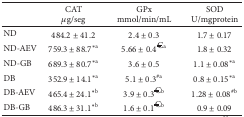
|  | CATμg/seg | GPxmmol/min/mL | SODU/mgprotein |
 | --- | --- | --- | --- |
 | ND | 484.2 ± 41.2 | 2.4 ± 0.3 | 1.7 ± 0.17 |
 | ND-AEV | 759.3 ± 88.7∗a | 5.66 ± 0.4€a | 1.8 ± 0.32 |
 | ND-GB | 689.3 ± 80.7∗a | 3.6 ± 0.5 | 1.1 ± 0.08∗a |
 | DB | 352.9 ± 14.1∗a | 5.1 ± 0.3#a | 0.8 ± 0.15∗a |
 | DB-AEV | 465.4 ± 24.1∗b | 3.9 ± 0.3€b | 1.28 ± 0.08#b |
 | DB-GB | 486.3 ± 31.1∗b | 1.6 ± 0.1€b | 0.9 ± 0.09 |